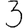
Digit: 3